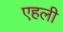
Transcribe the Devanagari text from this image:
एहली